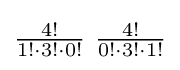
\textstyle {4! \over 1!\cdot 3!\cdot 0!}\ {4! \over 0!\cdot 3!\cdot 1!}